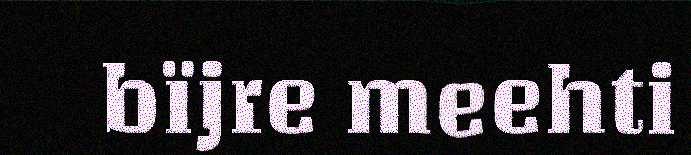
bïjre meehti